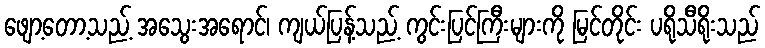
ဖျော့တော့သည့် အသွေးအရောင်၊ ကျယ်ပြန့်သည့် ကွင်းပြင်ကြီးများကို မြင်တိုင်း ပရိုသီရိုးသည်